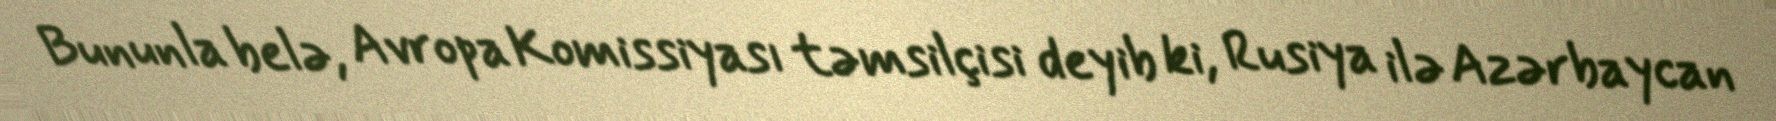
Bununla belə, Avropa Komissiyası təmsilçisi deyib ki, Rusiya ilə Azərbaycan